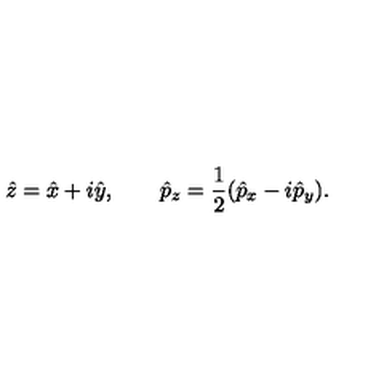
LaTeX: \hat { z } = \hat { x } + i \hat { y } , \qquad \hat { p } _ { z } = \frac { 1 } { 2 } ( \hat { p } _ { x } - i \hat { p } _ { y } ) .